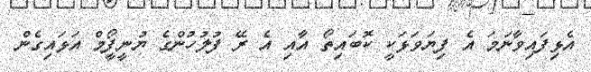
އެޅިފައިވާނަމަ އެ ފިޔަވަޅަކީ ކޮބައިތޯ އާއި އެ ރޭ ފުލުހުންގެ ޔުނީފީޯމް އަޅައިގެން